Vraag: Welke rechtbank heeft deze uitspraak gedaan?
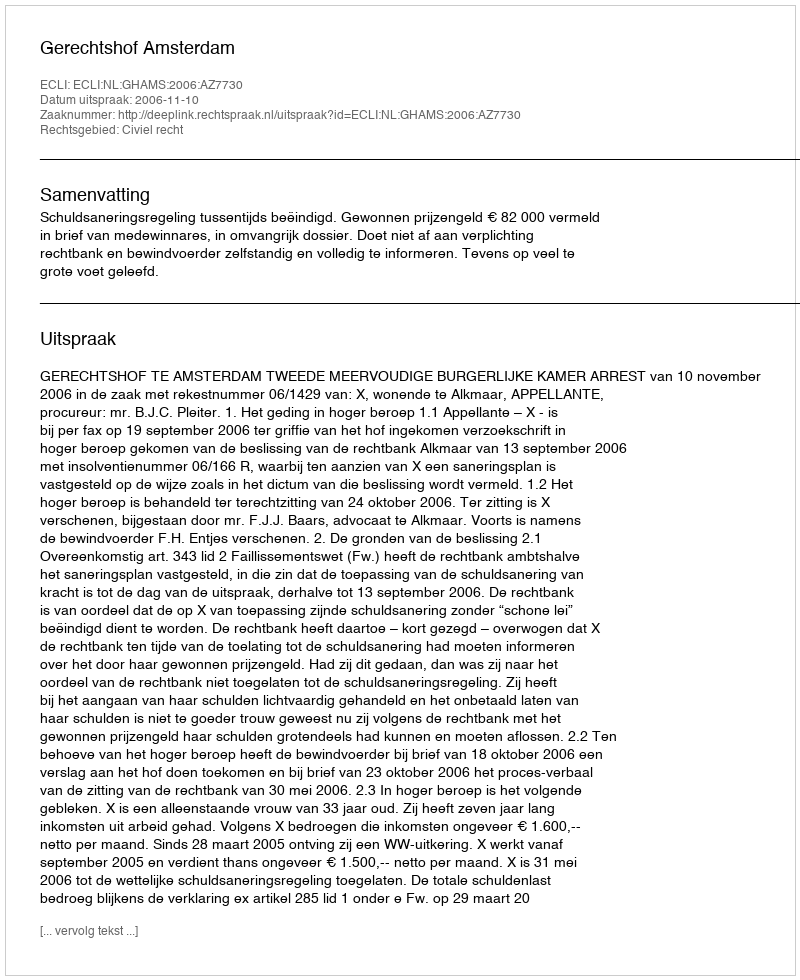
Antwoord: Gerechtshof Amsterdam